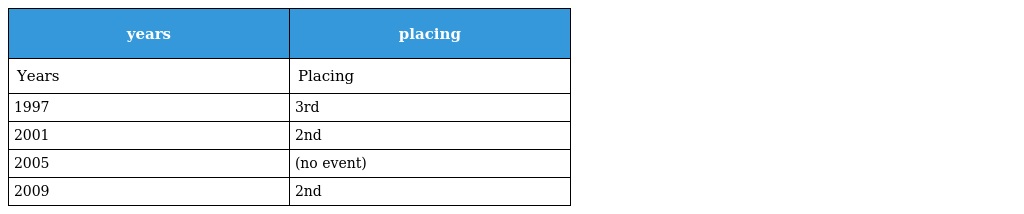
| years | placing |
 | --- | --- |
 | Years | Placing |
 | 1997 | 3rd |
 | 2001 | 2nd |
 | 2005 | (no event) |
 | 2009 | 2nd |